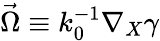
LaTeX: \vec{\Omega}\equiv k_{0}^{-1}\nabla_{X}\gamma